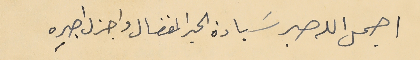
اجمل الله صبر سَيادة الحبر المفضال واجزل اجرِه